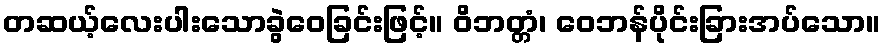
တဆယ့်လေးပါးသောခွဲဝေခြင်းဖြင့်။ ဝိဘတ္တံ၊ ဝေဘန်ပိုင်းခြားအပ်သော။